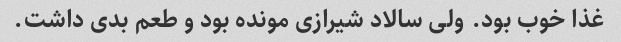
غذا خوب بود. ولی سالاد شیرازی مونده بود و طعم بدی داشت.